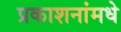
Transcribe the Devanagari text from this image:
प्रकाशनांमधे